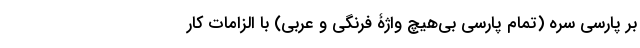
بر پارسی سره (تمام پارسی بی‌هیچ واژۀ فرنگی و عربی) با الزامات کار